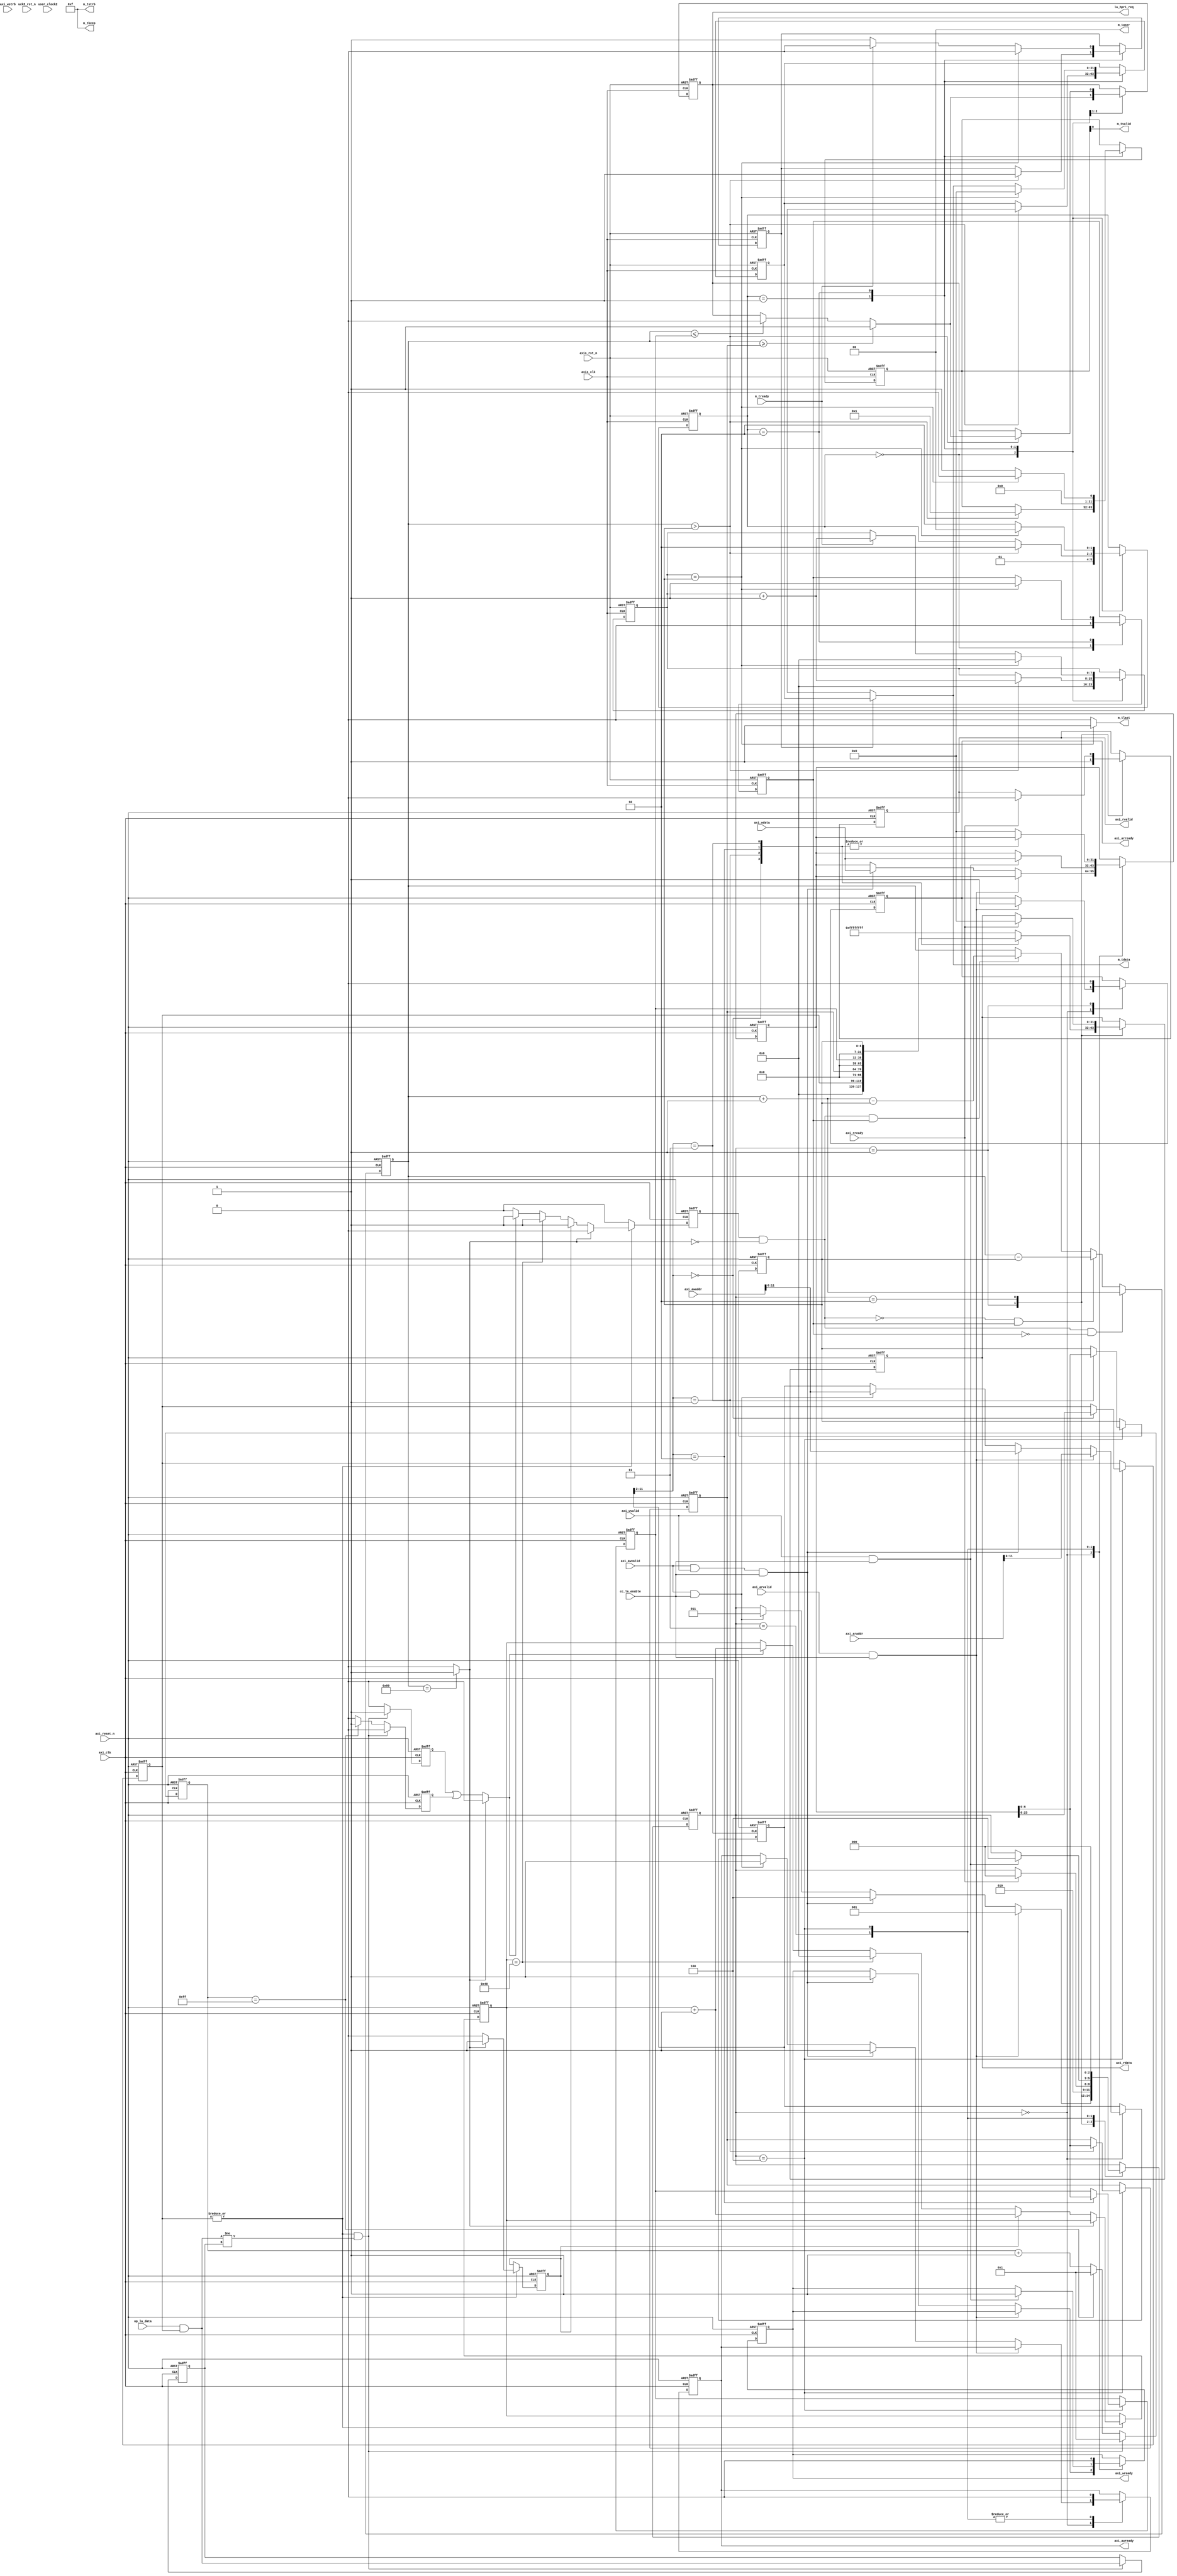
`timescale 1 ns / 1 ps
//////////////////////////////////////////////////////////////////////////////////
// Company: 
// Engineer: 
// 
// Design Name: 
// Module Name: LOGIC_ANLZ
// Project Name: 
// Target Devices: 
// Tool Versions: 
// Description: 
// 
// Dependencies: 
// 
// Revision:
// Revision 0.01 - File Created
// Additional Comments:
// 
//////////////////////////////////////////////////////////////////////////////////


module LOGIC_ANLZ #( parameter pADDR_WIDTH   = 15,
                     parameter pDATA_WIDTH   = 32
                   )
(
    //AxiLite
    output wire           axi_awready,
    output wire           axi_wready,
    output wire           axi_arready,
    output wire   [31: 0] axi_rdata,
    output wire           axi_rvalid,
    input  wire           axi_awvalid,
    input  wire   [14: 0] axi_awaddr,
    input  wire           axi_wvalid,
    input  wire   [31: 0] axi_wdata,
    input  wire    [3: 0] axi_wstrb,
    input  wire           axi_arvalid,
    input  wire   [14: 0] axi_araddr,
    input  wire           axi_rready,
    input  wire           cc_la_enable,
    //AxiS  
    output wire   [31: 0] m_tdata,
    output wire    [3: 0] m_tstrb,
    output wire    [3: 0] m_tkeep,
    output wire           m_tlast,
    output wire           m_tvalid,
    output wire    [1: 0] m_tuser,
    output wire           la_hpri_req,
    input  wire           m_tready,
    //User singals
    input  wire   [23: 0] up_la_data,
    //Generic
    input  wire           user_clock2,
    input  wire           axi_clk,
    input  wire           axi_reset_n,
    input  wire           axis_clk,
    input  wire           uck2_rst_n,
    input  wire           axis_rst_n
);

	localparam axi_fsm_idle = 3'b000;
	localparam axi_fsm_read_data = 3'b001;
	localparam axi_fsm_read_complete = 3'b010;
	localparam axi_fsm_write_data = 3'b011;
	localparam axi_fsm_write_complete = 3'b100;	

    localparam FIFO_WIDTH = 32; 
    localparam FIFO_DEPTH = 128;  
    localparam AXIS_PKT_LEN = 8;   	
	
	reg axi_awready_o;
	reg axi_wready_o;
	reg axi_arready_o;
	reg [31:0] axi_rdata_o;
	reg axi_rvalid_o;

    reg [23:0] la_enable;
    reg [6:0] h_thresh;
    reg [6:0] l_thresh;
    reg [6:0] pop_cond;
    
    reg la_hpri_req_o;

	reg [2:0] axi_fsm_reg;
	reg [11:0] axi_addr_reg;
	reg [31:0] axi_wdata_reg;    
    
    assign axi_awready = axi_awready_o;
    assign axi_wready = axi_wready_o;
    assign axi_arready = axi_arready_o;
    assign axi_rdata = axi_rdata_o;
    assign axi_rvalid = axi_rvalid_o;
     
    ///////////////////////////////////////////
	// Always for AXI-Lite LA Slave response //
	///////////////////////////////////////////
	always @ ( posedge axi_clk or negedge axi_reset_n ) begin	
		if ( !axi_reset_n ) begin
			axi_awready_o <= 0;
			axi_wready_o <= 0;
			axi_arready_o <= 0;
			axi_rdata_o <= 0; 
			axi_rvalid_o <= 0;
			axi_fsm_reg <= axi_fsm_idle;
			axi_addr_reg <= 0;
			axi_wdata_reg <= 0;
            la_enable <= 24'h0;
            h_thresh <= FIFO_DEPTH >> 1;
            l_thresh <= FIFO_DEPTH >> 3;
            pop_cond <= AXIS_PKT_LEN;
		end else begin
			case ( axi_fsm_reg )
				axi_fsm_idle:
				begin
					if ( axi_arvalid && cc_la_enable ) begin
						axi_arready_o <= 1'b1;
						axi_addr_reg <= axi_araddr;
						axi_fsm_reg <= axi_fsm_read_data;						
					end else if ( axi_awvalid && axi_wvalid && cc_la_enable ) begin
						axi_wready_o <= 1'b1;							
						axi_awready_o <= 1'b1;
						axi_addr_reg <= axi_awaddr;	
						axi_wdata_reg <= axi_wdata;	
						axi_fsm_reg <= axi_fsm_write_complete;
					end else if ( axi_awvalid && cc_la_enable ) begin
						axi_awready_o <= 1'b1;
						axi_addr_reg <= axi_awaddr;
						axi_fsm_reg <= axi_fsm_write_data;						
					end
				end
				axi_fsm_read_data:
				begin	
					axi_arready_o <= 1'b0;
					case ( axi_addr_reg[11:2] )
                        10'h000:
                        begin
                            axi_rdata_o <= {8'b0, la_enable};
                        end
                        10'h001:
                        begin
                            axi_rdata_o <= {24'b0, h_thresh};                        
                        end
                        10'h002:
                        begin
                            axi_rdata_o <= {24'b0, l_thresh};                        
                        end
                        10'h003:
                        begin
                            axi_rdata_o <= {24'b0, pop_cond};                        
                        end                        
                        default:                        
                        begin
                            axi_rdata_o <= 32'hFFFFFFFF;
                        end
                    endcase                       
					axi_rvalid_o <= 1'b1;	
					axi_fsm_reg <= axi_fsm_read_complete;																					
				end
				axi_fsm_read_complete:			
				begin
					if ( axi_rready ) begin
						axi_rdata_o <= 32'h0;
						axi_rvalid_o <= 1'b0;	
						axi_fsm_reg <= axi_fsm_idle;															
					end
				end	
				axi_fsm_write_data:
				begin
					axi_awready_o <= 1'b0;						
					if ( axi_wvalid && cc_la_enable ) begin
						axi_wdata_reg <= axi_wdata;
						axi_wready_o <= 1'b1;
						axi_fsm_reg <= axi_fsm_write_complete;
					end					
				end
				axi_fsm_write_complete:
				begin
					case ( axi_addr_reg[11:2] )
                        10'h000:
                        begin
                            la_enable <= axi_wdata_reg[23:0];
                        end
                        10'h001:
                        begin
                            h_thresh <= axi_wdata_reg[15:0];                        
                        end
                        10'h002:
                        begin
                            l_thresh <= axi_wdata_reg[15:0];                        
                        end
                        10'h003:
                        begin
                            pop_cond <= axi_wdata_reg[15:0];                        
                        end                        
                        default:                        
                        begin
                            axi_wdata_reg <= 32'b0;
                        end
                    endcase  									
					axi_awready_o <= 1'b0;						
					axi_wready_o <= 1'b0;
					axi_fsm_reg <= axi_fsm_idle;
				end
			endcase
		end
	end	    

    reg [23:0] r_la_data;
    reg r_la_data_available;
    wire la_changed;
    assign la_changed = |( la_enable) & ( (up_la_data & la_enable) != r_la_data );   
    
    ////////////////////////////////////////////
    // Always for latch up_la_data if changed //
    ////////////////////////////////////////////    
    always @(posedge axi_clk or negedge axi_reset_n) begin
        if(!axi_reset_n) begin
            r_la_data <= 23'h0;
            r_la_data_available <= 1'b0;
        end else begin
            if( la_changed ) begin
                r_la_data <= up_la_data & la_enable;
                r_la_data_available <= 1'b1;             
            end else begin
                r_la_data_available <= 1'b0;            
            end
        end
    end    

    reg [7:0] rle_count;
    reg [7:0] r_la_count;
    reg rle_overflow;
    
    //////////////////////////
    // Always for rel_count //
    //////////////////////////    
    always @(posedge axi_clk or negedge axi_reset_n) begin
        if(!axi_reset_n) begin
            rle_count <= 1;
            r_la_count <= 1;
            rle_overflow <= 0;
        end else begin
            rle_overflow <= 0;        
            if( la_changed ) begin
                rle_count <= 1;
                r_la_count <= rle_count;
            end else begin
                if( rle_count == 8'hff ) begin
                    rle_count <= 1;
                    r_la_count <= rle_count;
                    rle_overflow <= 1;
                end else begin
                    rle_count <= rle_count + 1;
                end
            end
        end    
    end   

    reg	fifo_wren;
    reg [31:0] fifo_wrdata0;
    wire fifo_full;
    wire [31:0] fifo_rddata0;    
    wire [31:0] fifo_rddata1;
    wire fifo_empty;
    reg [23:0] fifo_full_count;
    wire [31:0] fifo_full_push_data;
    
    assign fifo_full_push_data = {8'b0, fifo_full_count};
    
    ////////////////////////////////
    // Always for fifo full count //
    ////////////////////////////////    
    always @(posedge axi_clk or negedge axi_reset_n) begin
        if(!axi_reset_n) begin
            fifo_full_count <= 24'b0;
        end else begin
            if (fifo_full)
                fifo_full_count <= fifo_full_count + 1;
            else
                fifo_full_count <= 24'b0;
        end
    end    

    reg fifo_full_push;
    reg [7:0] fifo_push_count;
    wire fifo_push_la_changed;
    wire [31:0] fifo_push_data_la_changed;
    
    assign fifo_push_la_changed = fifo_full? 1'b0 : (r_la_data_available || rle_overflow);
    assign fifo_push_data_la_changed = { r_la_count , r_la_data};    
    
    /////////////////////////////////////
    // Always for FIFO push operations //
    /////////////////////////////////////   
    always @(posedge axi_clk or negedge axi_reset_n) begin
        if(!axi_reset_n) begin  
            fifo_push_count <= 8'b0;
            fifo_full_push <= 1'b0;
            fifo_wren <= 1'b0;
            fifo_wrdata0 <= 32'b0;            
        end else begin
            fifo_wren <= 1'b0;
            if(|la_enable) begin
                if (fifo_full) begin
                    fifo_full_push <= 1'b1;
                end else if ( fifo_full_push )begin
                    if (!fifo_full) begin
                        fifo_push_count <= fifo_push_count + 1; 
                        fifo_full_push <= 1'b0;            
                        fifo_wren <= 1'b1;
                        fifo_wrdata0 <= fifo_full_push_data;
                    end     
                end else if (fifo_push_count == 8'h40) begin
                        fifo_push_count <= 0;
                        fifo_wren <= 1'b1;
                        fifo_wrdata0 <= 32'b0;                     
                end else begin
                    if ( fifo_push_la_changed ) begin
                        fifo_push_count <= fifo_push_count + 1;                
                        fifo_wren <= 1'b1;
                        fifo_wrdata0 <= fifo_push_data_la_changed;
                    end            
                end  
            end else begin
                //Do nothing if no signals need to be monitored
            end 
        end
    end
    
    reg [$clog2(FIFO_DEPTH)-1:0] w_ptr;
    reg [$clog2(FIFO_DEPTH)-1:0] r_ptr; 
    reg [$clog2(FIFO_DEPTH):0] fifo_count;
    wire w_valid;
    reg r_valid;

    assign fifo_full = (fifo_count==FIFO_DEPTH)? 1'b1 : 1'b0;
    assign fifo_empty = (fifo_count==0)? 1'b1 : 1'b0;
    assign w_valid = fifo_wren & !fifo_full;

    ///////////////////////////////////////////
    // Always for FIFO fifo_count operations //
    ///////////////////////////////////////////     
    always @(posedge axi_clk or negedge axi_reset_n)
    begin
        if(!axi_reset_n)
            fifo_count <= 0;          
        else if(w_valid & !r_valid)
            fifo_count <= fifo_count + 1'b1;
        else if(!w_valid & r_valid)
            fifo_count <= fifo_count - pop_cond;
        else if(w_valid & r_valid)
            fifo_count <= fifo_count + 1'b1 - pop_cond;
    end
    
    //////////////////////////////////////
    // Always for FIFO w_ptr operations //
    //////////////////////////////////////    
    always @(posedge axi_clk or negedge axi_reset_n)
    begin
        if(!axi_reset_n)
            w_ptr <= 0;
        else if(fifo_wren)
            w_ptr <= w_ptr + 1'b1;
    end                

    reg [1:0] pop_stm;
    reg [31:0] m_tvalid_o;
    reg [31:0] fifo_latchdata;
    reg fifo_latchavaliable;
    reg [7:0] transfered_count;   
    
    assign m_tvalid = m_tvalid_o;
    assign m_tstrb = 4'b1111;
    assign m_tkeep = m_tstrb;
    assign m_tuser = 2'b00;
    assign m_tlast = (transfered_count == pop_cond)? 1'b1: 1'b0;
    assign la_hpri_req = la_hpri_req_o;
    assign m_tdata =  fifo_latchavaliable? fifo_latchdata : fifo_rddata1; 
    
    ///////////////////////////////////////
    // Always for AXIS output operations //
    ///////////////////////////////////////
    always @(posedge axis_clk or negedge axis_rst_n) begin
        if(!axis_rst_n) begin
            la_hpri_req_o <= 1'b0;
            transfered_count <= 4'b0;
            pop_stm <= 2'b0;
            fifo_latchdata <= 32'b0;
            fifo_latchavaliable <= 1'b0;
            r_ptr <= 0;                        
            r_valid <= 1'b0;
            m_tvalid_o <= 32'b0;
        end else begin
            case (pop_stm)
                2'b0:
                begin
                    if (fifo_count >= h_thresh)
                        la_hpri_req_o <= 1'b1;
                    else if (fifo_count <= l_thresh)
                        la_hpri_req_o <= 1'b0;                            
                    transfered_count <= 4'b0;
                    r_valid <= 1'b0;
                    pop_stm <= 2'b01;
                end            
                2'b01:
                begin
                    if (fifo_count > pop_cond) begin
                        if (fifo_count >= h_thresh)
                            la_hpri_req_o <= 1'b1;
                        else if (fifo_count <= l_thresh)
                            la_hpri_req_o <= 1'b0; 
                        transfered_count <= transfered_count + 1;
                        fifo_latchdata <= fifo_rddata1;
                        m_tvalid_o <= 1'b1;                        
                        fifo_latchavaliable <= 1'b1;
                        r_ptr <= r_ptr + 1; 
                        pop_stm <= 2'b10;
                    end     
                end
                2'b10:
                begin
                    if (transfered_count == pop_cond) begin
                        transfered_count <= 4'b0;                    
                        pop_stm <= 2'b0;
                        fifo_latchdata <= 32'b0;
                        fifo_latchavaliable <= 1'b0;
                        r_valid <= 1'b1;
                        m_tvalid_o <= 1'b0;
                    end else begin
                        if (!fifo_latchavaliable)
                            fifo_latchdata <= fifo_rddata1;
                             
                        if(m_tready)begin
                            transfered_count <= transfered_count + 1;
                            fifo_latchavaliable <= 1'b0;                            
                            r_ptr <= r_ptr + 1;
                            m_tvalid_o <= 1'b1;
                            pop_stm <= 2'b10;
                        end else begin
                            transfered_count <= transfered_count;
                            fifo_latchavaliable <= 1'b1;
                            m_tvalid_o <= 1'b1;
                            pop_stm <= 2'b10;
                        end
                    end
                end                
             endcase
        end
    end 
   
`ifdef USE_skywater_SRAM
    sram #(.pADDR_WIDTH($clog2(FIFO_DEPTH)),
           .pDATA_WIDTH(FIFO_WIDTH)
          ) captured_fifo
    (
        .clk0(axi_clk),
        .csb0(1'b0),
        .web0(!fifo_wren),
        .wmask0(4'hF),
        .addr0(w_ptr),
        .din0(fifo_wrdata0),
        .dout0(fifo_rddata0),
        .clk1(axi_clk),
        .csb1(1'b0),
        .addr1(r_ptr),
        .dout1(fifo_rddata1)
    );       

`endif //USE_skywater_SRAM

`ifdef USE_PDK_SRAM
    PDK_SRAM2RW128x32 captured_fifo
    (
      .CLKA(axi_clk),
      .CENA(1'b0),
      .WENA(~fifo_wren),
      .AA(w_ptr),
      .DA(fifo_wrdata0),
      .OENA(1'b0),
      .QA(fifo_rddata0),
      .CLKB(axi_clk),
      .CENB(1'b0),
      .WENB(1'b1), //always read
      .AB(r_ptr),      
      .DB(0),       //data in always 0
      .OENB(1'b0),
      .QB(fifo_rddata1)
    );


`endif //USE_PDK_SRAM
   
`ifdef USE_EDK_SRAM
    EDK_SRAM2RW128x32 captured_fifo
    (	
      .CE1(axi_clk),
      .CSB1(1'b0),
      .WEB1(~fifo_wren),
      .OEB1(1'b0),
      .A1(w_ptr),
      .I1(fifo_wrdata0),
      .O1(fifo_rddata0),
      .CE2(axi_clk),
      .CSB2(1'b0),
      .WEB2(1'b1), //always read
      .OEB2(1'b0),
      .A2(r_ptr),      
      .I2(0),       //data in always 0
      .O2(fifo_rddata1)
    );

`endif //USE_EDK_SRAM

endmodule // LOGIC_ANLZ